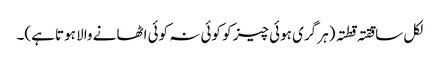
لکل ساققتہ قطتہ (ہر گری ہوئی چیز کو کوئی نہ کوئی اٹھانے والا ہوتا ہے)۔